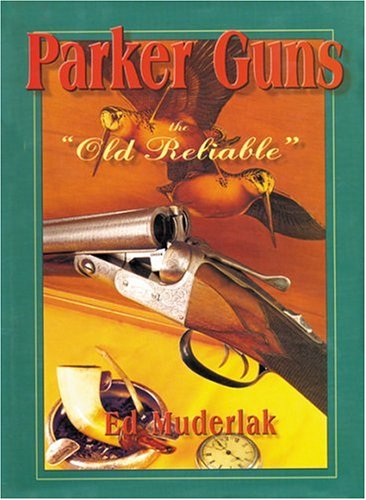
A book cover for Parker Guns The Old Reliable: A Concise History of the Famous American Shotgun Manufacturing Company; Ed Muderlak; Sports & Outdoors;